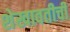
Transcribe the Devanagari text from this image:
शेखावतीची